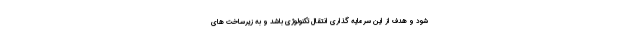
شود و هدف از این سرمایه گذاری انتقال تکنولوژی باشد و به زیرساخت های